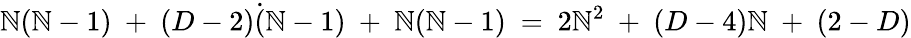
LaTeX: \mathbb{N}(\mathbb{N}-1)\ +\ (D-2)\dot{{(}}\mathbb{N}-1)\ +\ \mathbb{N}(\mathbb{N}-1)\ =\ 2\mathbb{N}^{2}\ +\ (D-4)\mathbb{N}\ +\ (2-D)